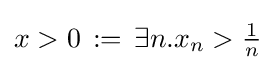
x>0\,:=\,\exists n.x_{n}>{\tfrac {1}{n}}